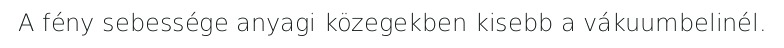
A fény sebessége anyagi közegekben kisebb a vákuumbelinél.